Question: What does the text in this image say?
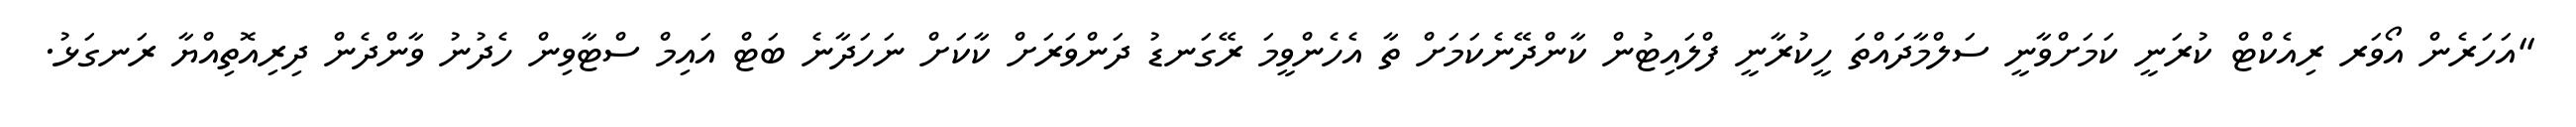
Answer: "އަހަރެން އޯވަރ ރިއެކްޓް ކުރަނީ ކަމަށްވާނީ ސަލްމާދައްތަ ހީކުރާނީ ފްލައިޓުން ކާންދޭނެކަމަށް ތާ އެހެންވީމަ ރޭގަނޑު ދަންވަރަށް ކާކަށް ނަހަދާނެ ބަޓް އައިމް ސްޓާވިން ހެދުނު ވާންދެން ދިރިއޮތިއްޔާ ރަނގަޅު.